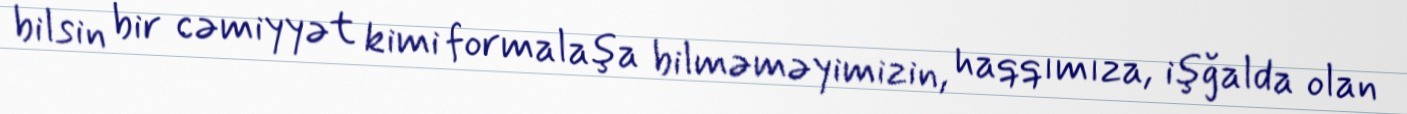
bilsin bir cəmiyyət kimi formalaşa bilməməyimizin, haqqımıza, işğalda olan